Juuru_vallavalitsus, lk 7
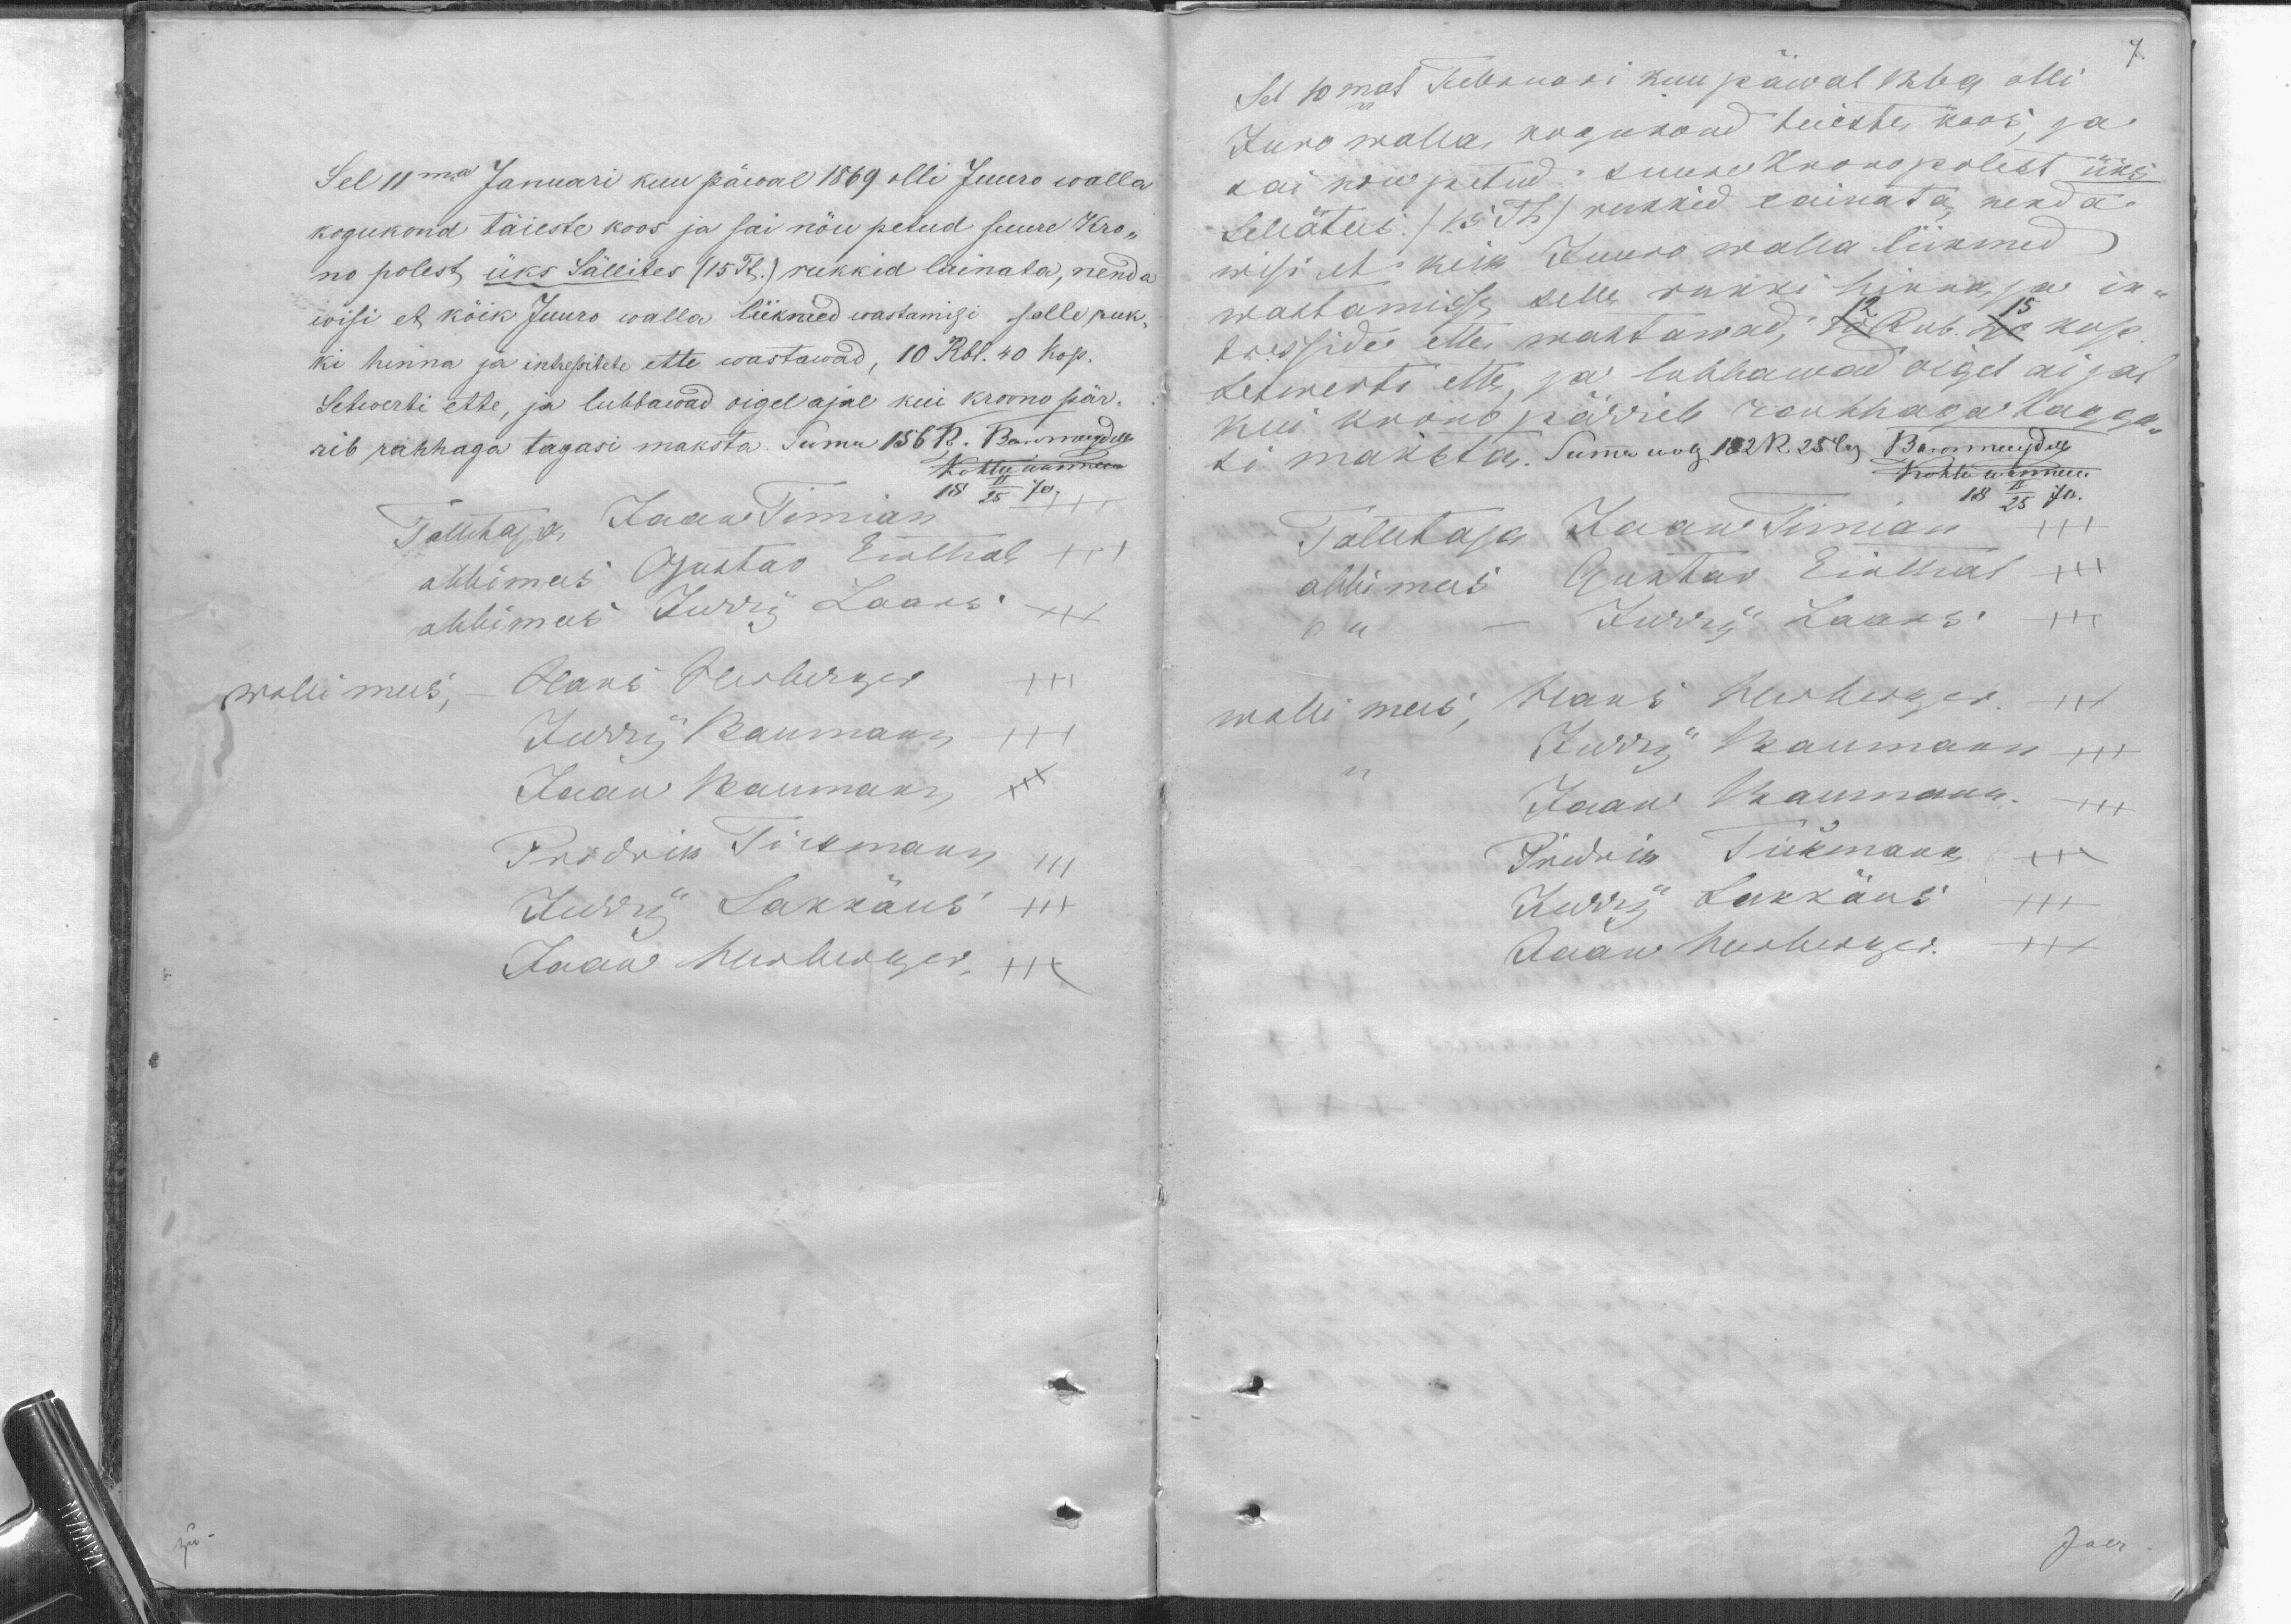
7.

Sel 11ma Januari kuu päwal 1869 olli Juuro walla
kogukond täieste koos ja sai nõu petud suure Kro-
no polest üks Sällites (15 Tst.) rukkid lainata, nenda
wisi et köik Juuro walla liikmed wastamisi selle ruk-
ki hinna ja intressitete ette wastawad, 10 Rbl. 40 Kop.
Setwerti ette, ja lubbawad oigel ajal kui kroono pär-
rib rahhaga tagasi maksta. Suma 156 R. Baronmaydell
Kohtu wasmees
Tallitaja Jaan Timian
18 II/25 70.
abbimees Gustav Einthal xxx
abbimees Jürri Laars xxx
wolli mees,
Hans Herberger xxx
Jurry Baumann xxx
Jaan Baumann xxx
Pridrik Tickmann xx
Jurry Sakkäus xxx
Jaan Herberger  xx

Sel 10mal Februari kuu päwal 1869 olli
Juro walla, kogukond teieste koos, ja
sai nou petud suure Krono polest üks
Seleätus: /15 Th/ rukkid lainata, nenda.
wisi et keik Juuro walla liikmed
wastamisse selle rukki hinna, ja in-
tresside ette wastawad; 10 Rub. 40 kop
Setwerti ette, ja lubbawad oigel aijal
kui krono pärrile rauhhaga tagga-
si maksta. Suma wog 182R 25 Cop Baronmaydell
Kohtu wasmees.
18 II/25 70.
Tallitaja Jaan Timian xxx
abbimees Gustav Einthal xxx
Jurri Laars xxx
wolli mees; Hans Herberger. xxx
Jurry Baumann xxx
Jaan Baumann. xxx
Pridrik Tickmann. xxx
Jurry Sakkäus xxx
Jaan Herberger.  xxx

Joer.